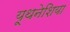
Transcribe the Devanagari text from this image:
यूथनेशिया